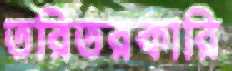
তরিতরকারি